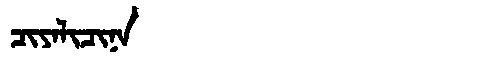
Manchu: ᠴᡳᠶᠠᠯᡳᠴᡳᠨᠠ
Romanization: CIYALICINA